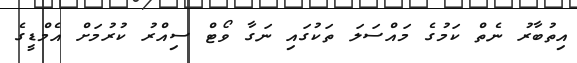
އިތުބާރު ނެތް ކަމުގެ މައްސަލަ ތަކުގައި ނަގާ ވޯޓް ސިއްރު ކުރުމަށް އެމްޑީގެ